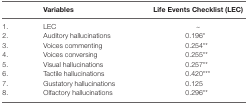
|  | Variables | Life Events Checklist (LEC) |
 | --- | --- | --- |
 | 1. | LEC | ~ |
 | 2. | Auditory hallucinations | 0.196* |
 | 3. | Voices commenting | 0.254** |
 | 4. | Voices conversing | 0.255** |
 | 5. | Visual hallucinations | 0.257** |
 | 6. | Tactile hallucinations | 0.420*** |
 | 7. | Gustatory hallucinations | 0.125 |
 | 8. | Olfactory hallucinations | 0.296** |